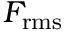
F _ { \mathrm { r m s } }